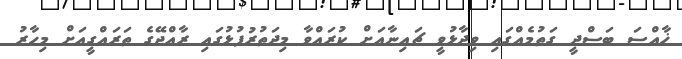
ޚާއްސަ ބަސްދީ ގަތުމެއްގައި ވިދާޅުވީ ޗައިނާއަށް ކުރައްވާ މިދަތުރުފުޅުގައި ރާއްޖޭގެ ތަރައްގީއަށް މިހާރު